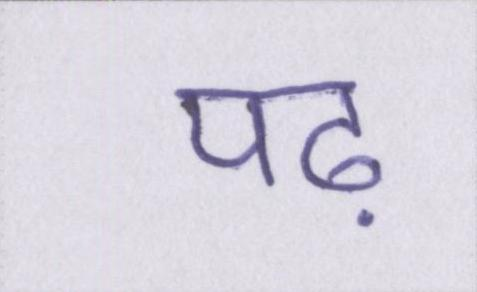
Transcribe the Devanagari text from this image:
पढ़